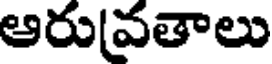
ఆరువతాలు